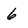
Character: 6